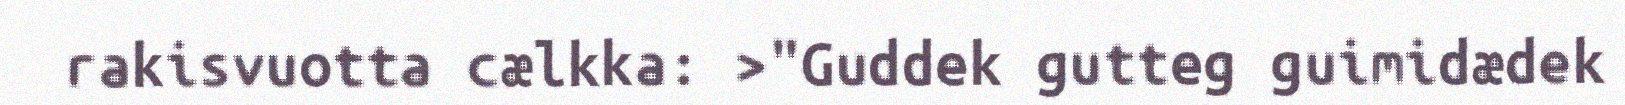
rakisvuotta cælkka: >"Guddek gutteg guimidædek